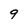
Character: 9